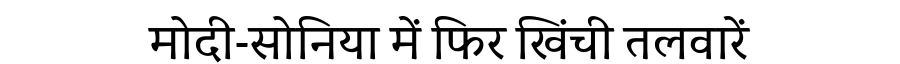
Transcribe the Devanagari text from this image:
मोदी-सोनिया में फिर खिंची तलवारें